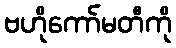
ဗဟိုကော်မတီကို